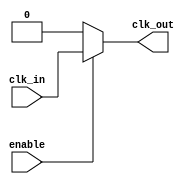
module clock_buffer (
    input wire clk_in,           // Input clock signal
    input wire enable,           // Enable signal for the buffer
    output wire clk_out          // Buffered clock output
);

    // Internal signals
    wire clk_buf;                // Buffered clock signal

    // Input Stage: Protection and buffering
    // Here we can use a simple buffer for input protection
    wire clk_protected;
    assign clk_protected = clk_in; // In a real design, additional protection circuitry would be used.

    // Amplification Stage: Series of inverters/buffers
    // Using a chain of inverters to amplify the signal
    wire buf1, buf2;

    // First buffer stage
    assign buf1 = clk_protected;

    // Second buffer stage
    assign buf2 = buf1;

    // Output Stage: Final output buffer
    // The output is enabled based on the enable signal
    assign clk_out = enable ? buf2 : 1'b0; // If disabled, output is low

endmodule